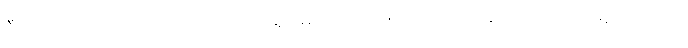
ဒီသတင်းကတော့ အကောင့် ပိုင်ရှင်မှ ထုတ်ဖော်ပြောကြားခဲ့တာလည်း ဖြစ်ပါတယ်။